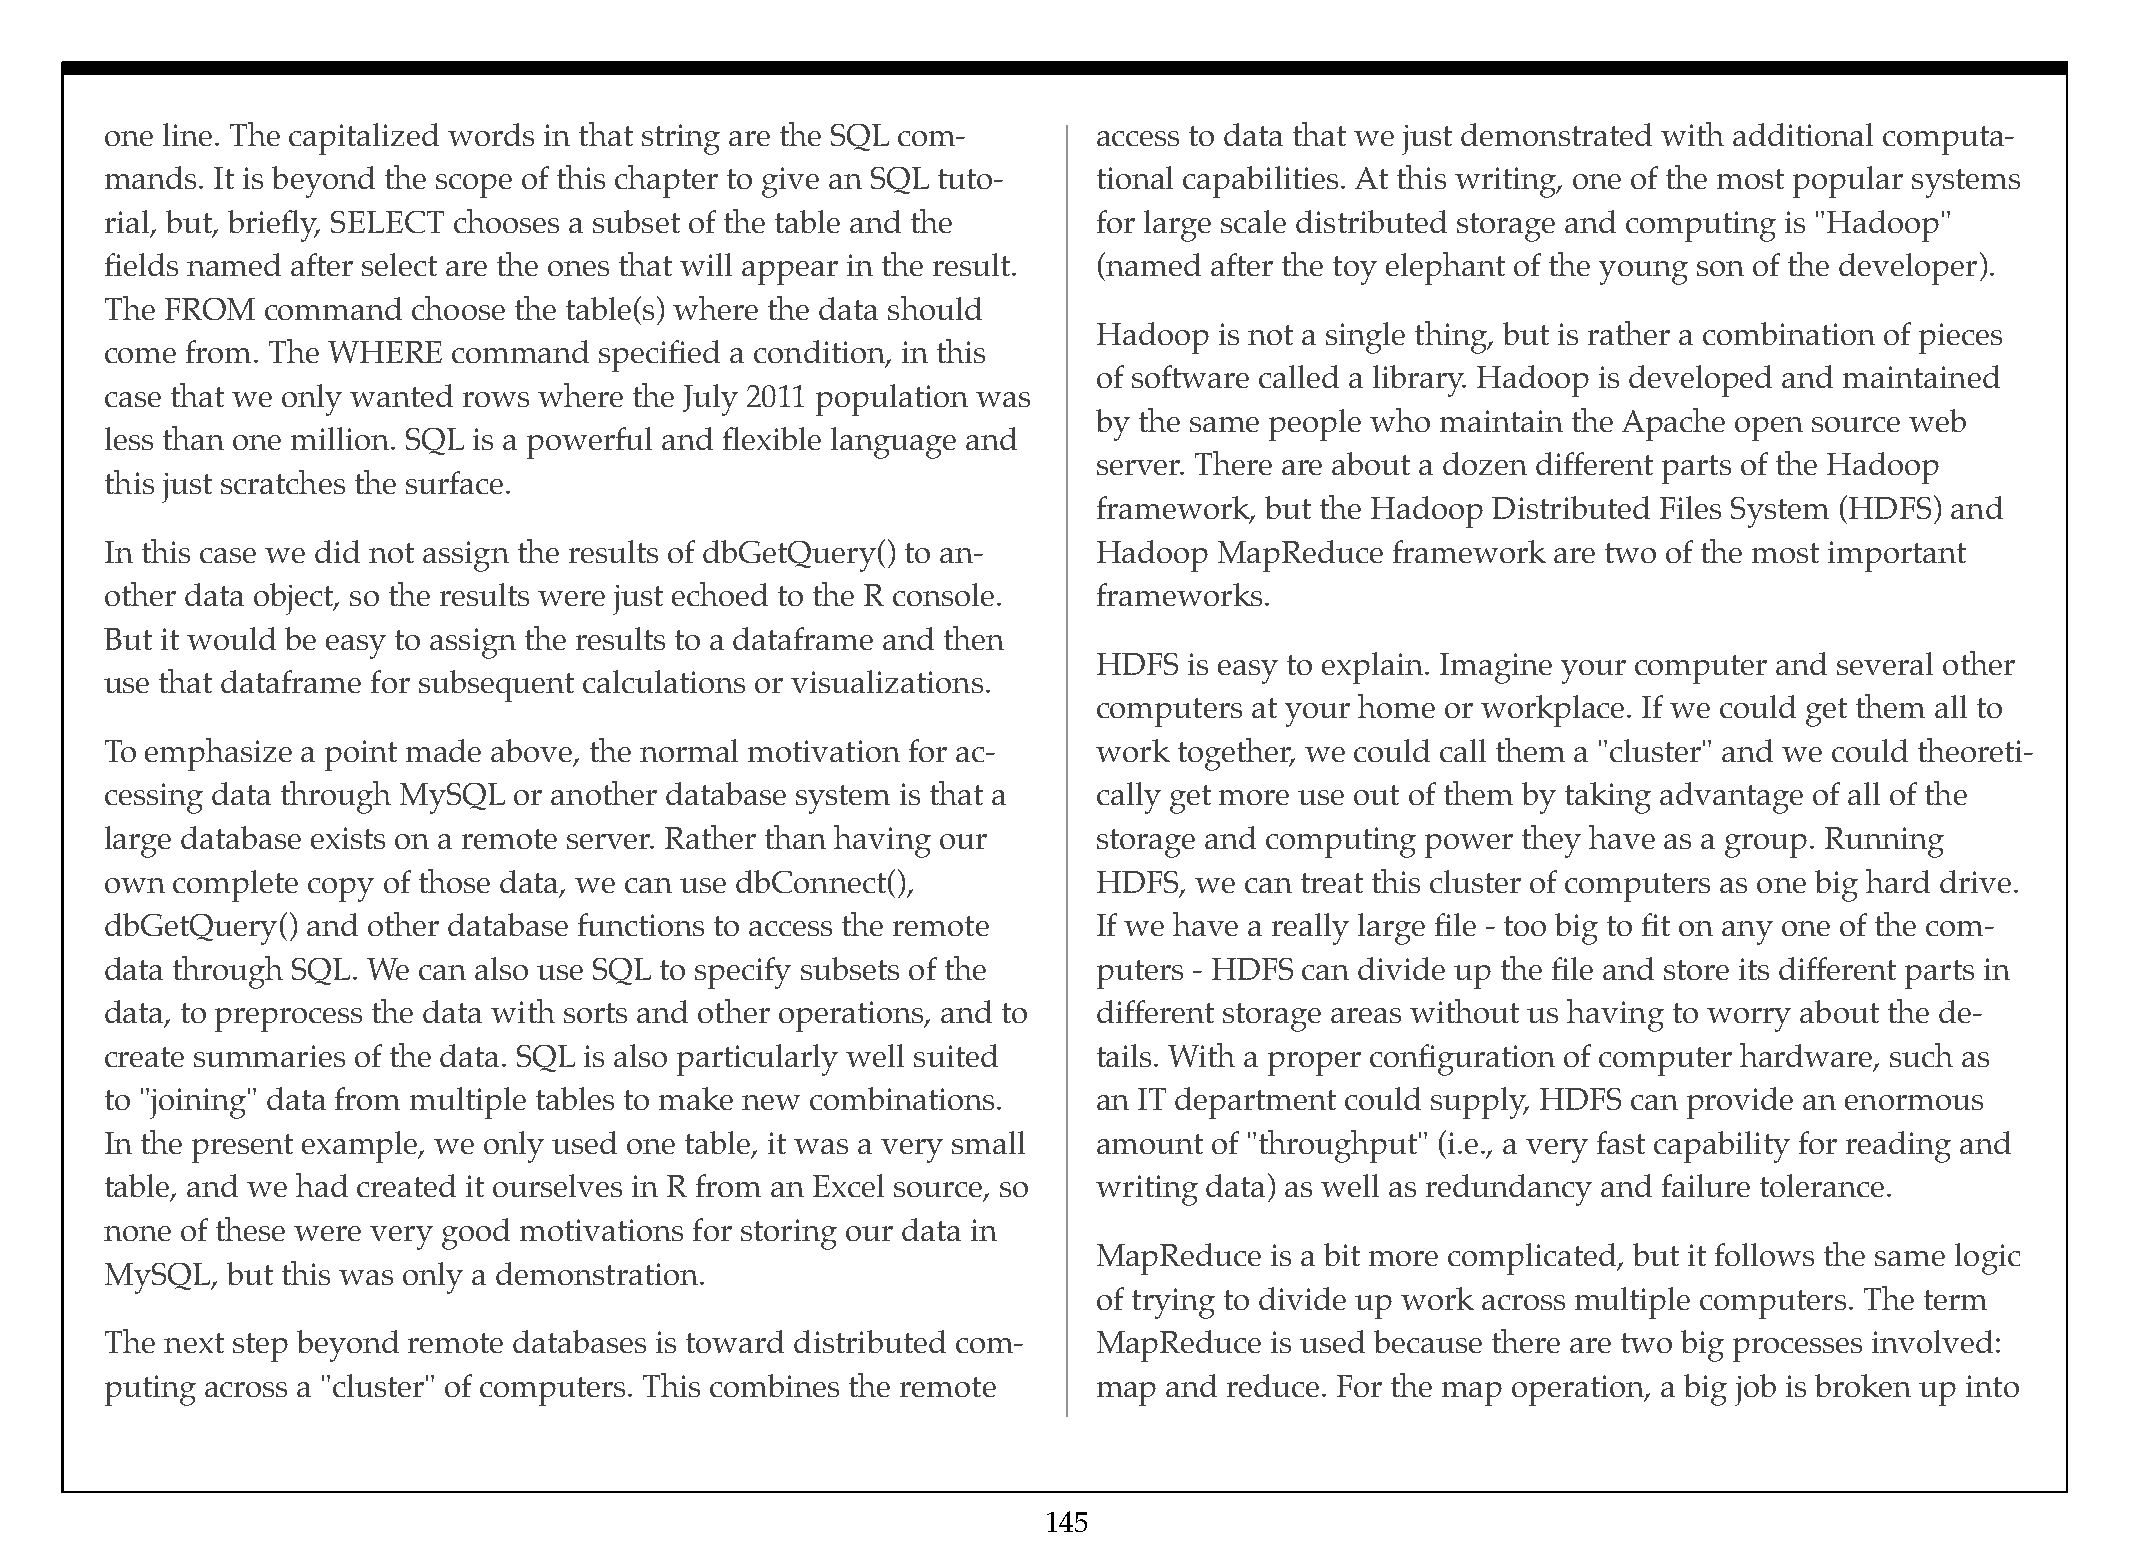
one line. The capitalized words in that string are the SQL com-   access to data that we just demonstrated with additional computa-
 mands. It is beyond the scope of this chapter to give an SQL tuto- tional capabilities. At this writing, one of the most popular systems
 rial, but, briefly, SELECT chooses a subset of the table and the  for large scale distributed storage and computing is "Hadoop"
 fields named after select are the ones that will appear in the result. (named after the toy elephant of the young son of the developer).
 The FROM   command  choose the table(s) where the data should
 Hadoop  is not a single thing, but is rather a combination of pieces
 come from. The WHERE   command   specified a condition, in this
 of software called a library. Hadoop is developed and maintained
 case that we only wanted rows where the July 2011 population was
 by the same people who maintain the Apache open source web
 less than one million. SQL is a powerful and flexible language and
 server. There are about a dozen different parts of the Hadoop
 this just scratches the surface.
 framework, but the Hadoop Distributed Files System (HDFS) and
 In this case we did not assign the results of dbGetQuery() to an- Hadoop  MapReduce  framework  are two of the most important
 other data object, so the results were just echoed to the R console. frameworks.
 But it would be easy to assign the results to a dataframe and then
 HDFS  is easy to explain. Imagine your computer and several other
 use that dataframe for subsequent calculations or visualizations.
 computers at your home or workplace. If we could get them all to
 To emphasize a point made above, the normal motivation for ac-    work together, we could call them a "cluster" and we could theoreti-
 cessing data through MySQL or another database system is that a   cally get more use out of them by taking advantage of all of the
 large database exists on a remote server. Rather than having our  storage and computing power they have as a group. Running
 own complete copy of those data, we can use dbConnect(),          HDFS, we can treat this cluster of computers as one big hard drive.
 dbGetQuery() and other database functions to access the remote    If we have a really large file - too big to fit on any one of the com-
 data through SQL. We can also use SQL to specify subsets of the   puters - HDFS can divide up the file and store its different parts in
 data, to preprocess the data with sorts and other operations, and to different storage areas without us having to worry about the de-
 create summaries of the data. SQL is also particularly well suited tails. With a proper configuration of computer hardware, such as
 to "joining" data from multiple tables to make new combinations.  an IT department could supply, HDFS can provide an enormous
 In the present example, we only used one table, it was a very small amount of "throughput" (i.e., a very fast capability for reading and
 table, and we had created it ourselves in R from an Excel source, so writing data) as well as redundancy and failure tolerance.
 none of these were very good motivations for storing our data in
 MapReduce  is a bit more complicated, but it follows the same logic
 MySQL,  but this was only a demonstration.
 of trying to divide up work across multiple computers. The term
 The next step beyond remote databases is toward distributed com-  MapReduce  is used because there are two big processes involved:
 puting across a "cluster" of computers. This combines the remote  map and reduce. For the map operation, a big job is broken up into
 145